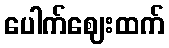
ပေါက်ဈေးထက်